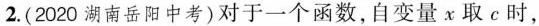
2.(2020湖南岳阳中考)对于一个函数，自变量x取c时，